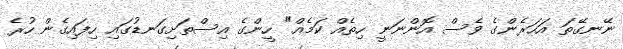
ނޭނގޭތަ އަހަރެންގެ ވެސް އޮންނަނީ ހިތެއް ކަމެއް" ހީންގެ އިސްތަށިގަނޑުގައި ހިފައިގެން ހުރެ